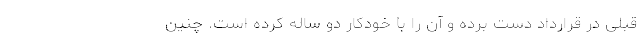
قبلی در قرارداد دست برده و آن را با خودکار دو ساله کرده است. چنین